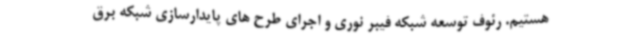
هستیم. رئوف توسعه شبکه فیبر نوری و اجرای طرح های پایدارسازی شبکه برق